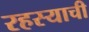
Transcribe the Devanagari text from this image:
रहस्याची